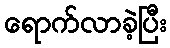
ရောက်လာခဲ့ပြီး